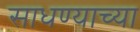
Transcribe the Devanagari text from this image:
साधण्याच्या